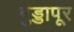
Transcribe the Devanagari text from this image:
गुड्डापूर